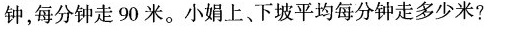
钟，每分钟走90米。小娟上、下坡平均每分钟走多少米?